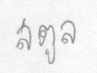
สตูล